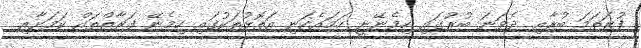
ފުރަތަމަ ބުރާއި ދެވަނަ ބުރުގައި ހިމެނޭނީ ހަމައެކަނި އަތޮޅުތަކުގައި ހިމެނޭ ފަރާތްތައް ކަމަށާއި